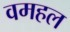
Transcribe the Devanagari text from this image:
वमहल